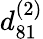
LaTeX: {d_{81}^{(2)}}